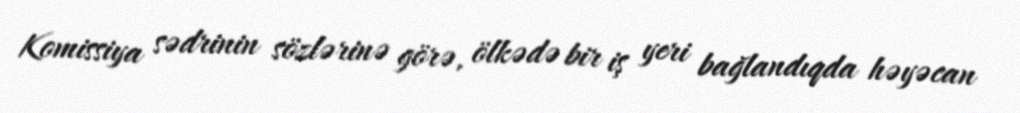
Komissiya sədrinin sözlərinə görə, ölkədə bir iş yeri bağlandıqda həyəcan